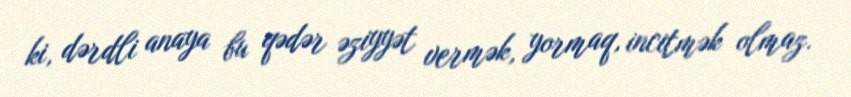
ki, dərdli anaya bu qədər əziyyət vermək, yormaq, incitmək olmaz.